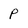
Character: P